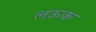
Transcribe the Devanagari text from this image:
लऊक